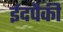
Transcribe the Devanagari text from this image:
ईदपैकी